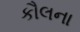
કૌલના